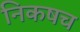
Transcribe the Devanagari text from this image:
निकषच